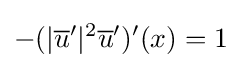
-(|{\overline {u}}'|^{2}{\overline {u}}')'(x)=1